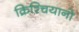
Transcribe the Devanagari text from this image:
क्रिश्चियानो